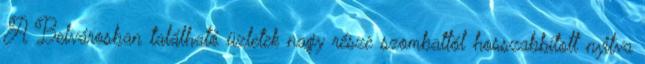
A Belvárosban található üzletek nagy része szombattól hosszabbított nyitva